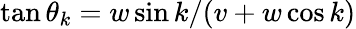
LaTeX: \tan\theta_{k}=w\sin k/(v+w\cos k)